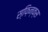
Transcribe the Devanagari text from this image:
स्फ़िन्क्स